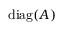
\operatorname { d i a g } ( A )